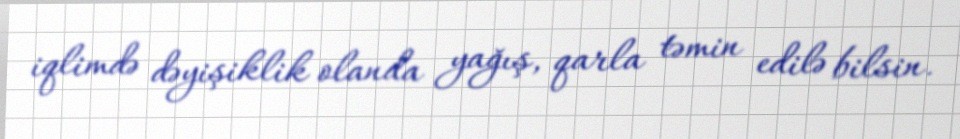
iqlimdə dəyişiklik olanda yağış, qarla təmin edilə bilsin.